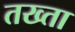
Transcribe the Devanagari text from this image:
तख्‍ता